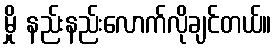
မှို နည်းနည်းလောက်လိုချင်တယ်။